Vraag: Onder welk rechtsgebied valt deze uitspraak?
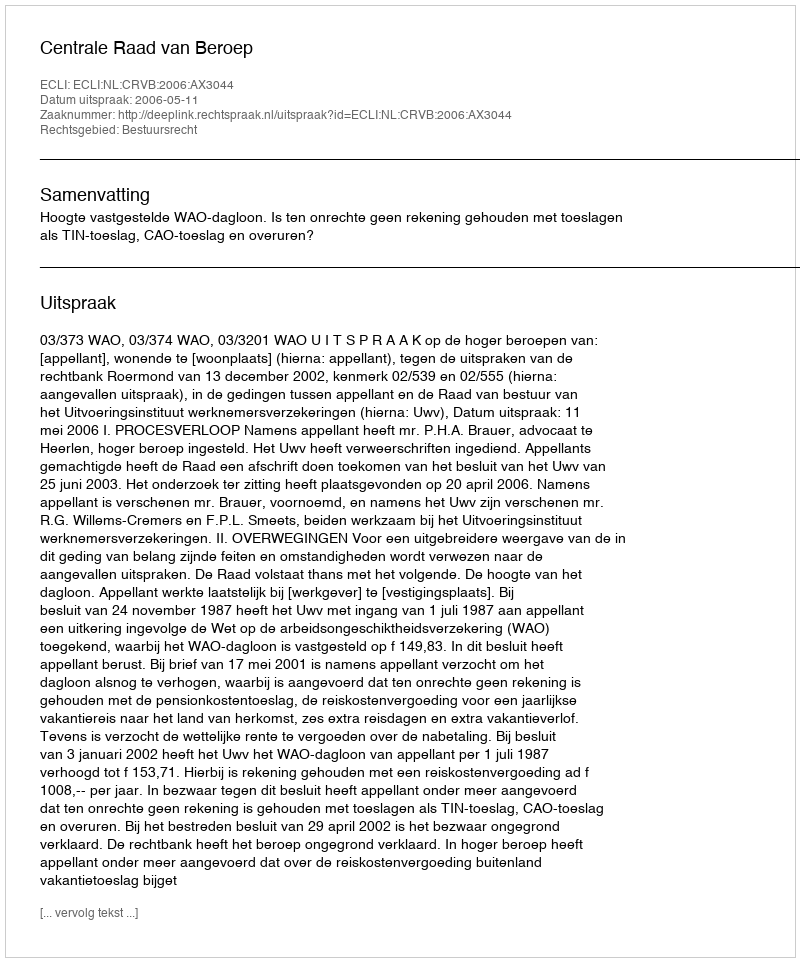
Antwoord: Bestuursrecht